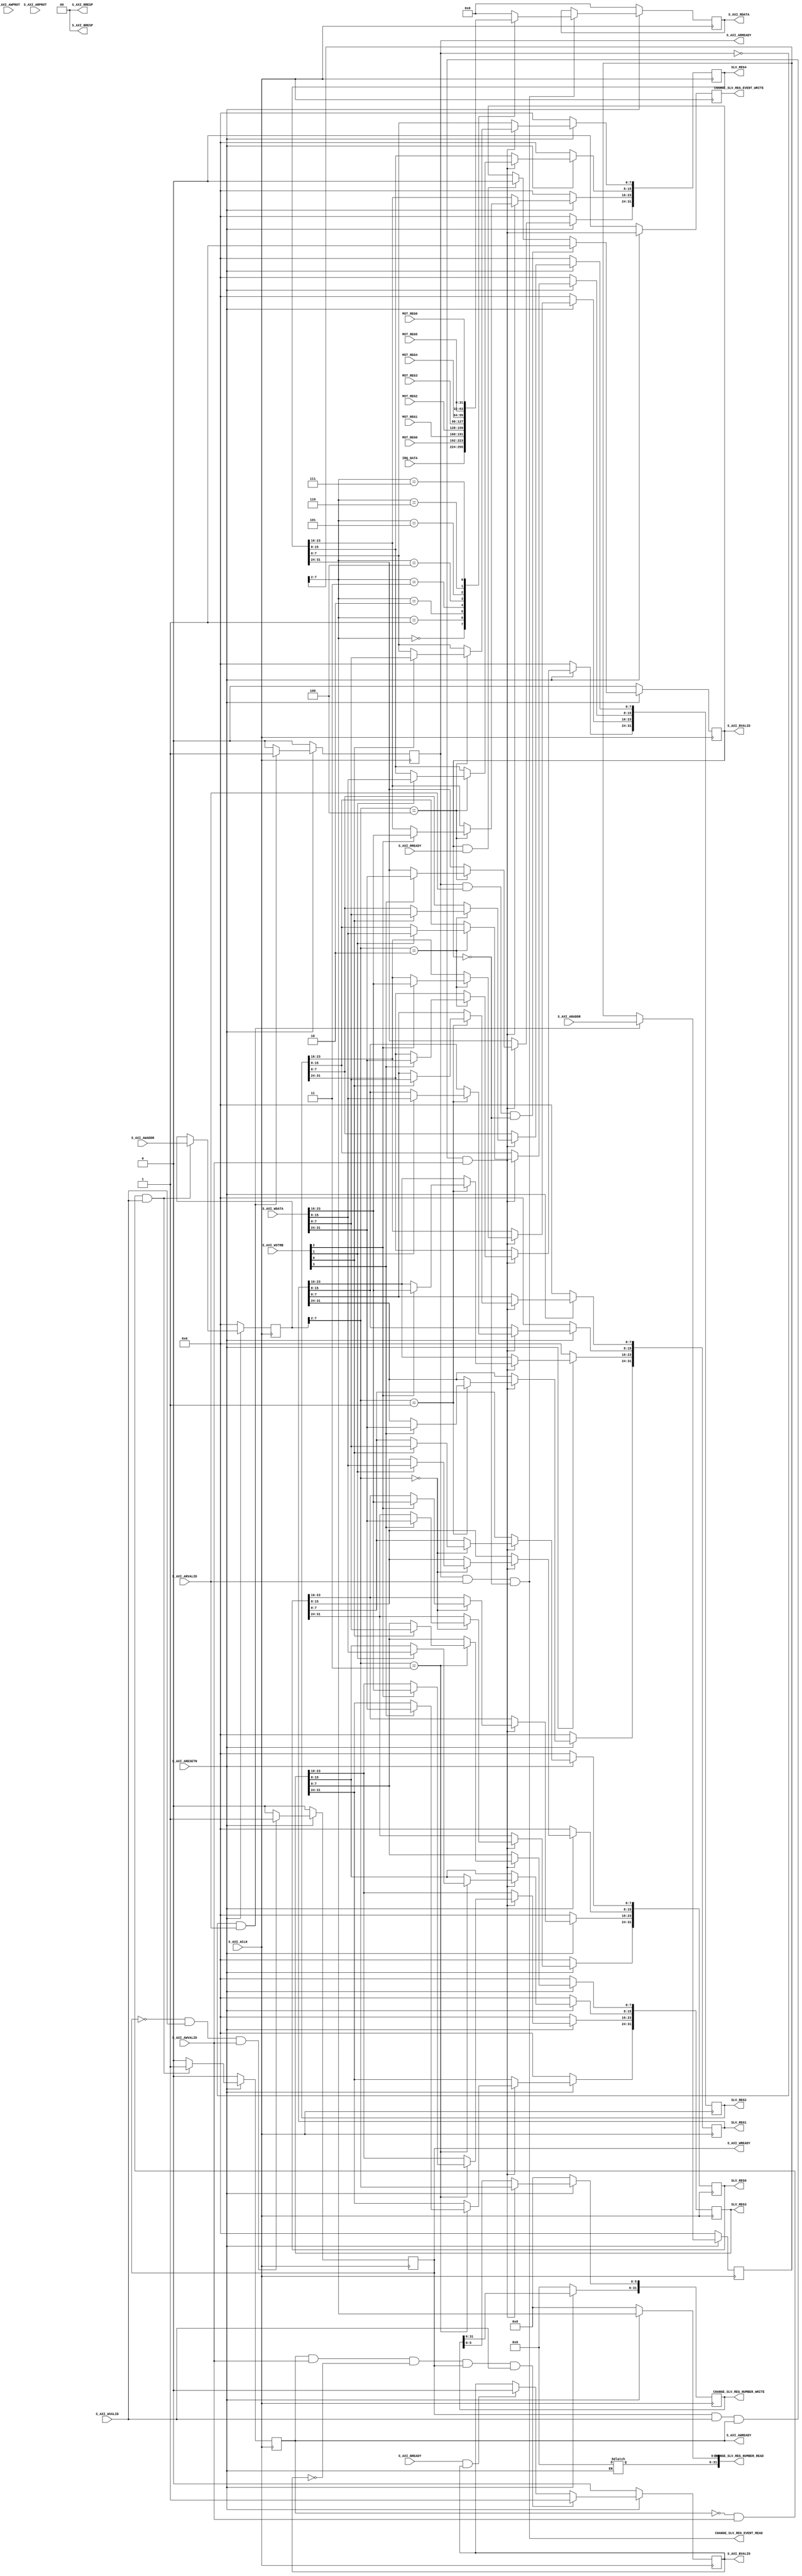
module module_v1_0_S00_AXI #
(
	parameter integer C_S_AXI_DATA_WIDTH	= 32,// Width of S_AXI data bus
	parameter integer C_S_AXI_ADDR_WIDTH	= 8// Width of S_AXI address bus
)
(
	output reg[31:0] CHANGE_SLV_REG_NUMBER_WRITE,
	output reg[31:0] CHANGE_SLV_REG_NUMBER_READ,
	output reg CHANGE_SLV_REG_EVENT_WRITE,
	output CHANGE_SLV_REG_EVENT_READ,
	output reg[C_S_AXI_DATA_WIDTH-1:0] SLV_REG0,
	output reg[C_S_AXI_DATA_WIDTH-1:0] SLV_REG1, // timeout
	output reg[C_S_AXI_DATA_WIDTH-1:0] SLV_REG2, // irq mask
	output reg[C_S_AXI_DATA_WIDTH-1:0] SLV_REG3, // SHIFT
	output reg[C_S_AXI_DATA_WIDTH-1:0] SLV_REG4, // CYCLE_BYTES
	input wire[C_S_AXI_DATA_WIDTH-1:0] MST_REG0,
	input wire[C_S_AXI_DATA_WIDTH-1:0] MST_REG1,
	input wire[C_S_AXI_DATA_WIDTH-1:0] MST_REG2,
	input wire[C_S_AXI_DATA_WIDTH-1:0] MST_REG3,
	input wire[C_S_AXI_DATA_WIDTH-1:0] MST_REG4,
	input wire[C_S_AXI_DATA_WIDTH-1:0] MST_REG5,
	input wire[C_S_AXI_DATA_WIDTH-1:0] MST_REG6,
	input wire[C_S_AXI_DATA_WIDTH-1:0] IRQ_DATA,

	input wire  S_AXI_ACLK,// Global Clock Signal
	input wire  S_AXI_ARESETN,// Global Reset Signal. This Signal is Active LOW
	input wire [C_S_AXI_ADDR_WIDTH-1 : 0] S_AXI_AWADDR,// Write address (issued by master, acceped by Slave)
	input wire [2 : 0] S_AXI_AWPROT,
	input wire  S_AXI_AWVALID,
	output wire  S_AXI_AWREADY,
	input wire [C_S_AXI_DATA_WIDTH-1 : 0] S_AXI_WDATA,// Write data (issued by master, acceped by Slave)
	input wire [(C_S_AXI_DATA_WIDTH/8)-1 : 0] S_AXI_WSTRB,
	input wire  S_AXI_WVALID,
	output wire  S_AXI_WREADY,
	output wire [1 : 0] S_AXI_BRESP,
	output wire  S_AXI_BVALID,
	input wire  S_AXI_BREADY,
	input wire [C_S_AXI_ADDR_WIDTH-1 : 0] S_AXI_ARADDR,// Read address (issued by master, acceped by Slave)
	input wire [2 : 0] S_AXI_ARPROT,
	input wire  S_AXI_ARVALID,
	output wire  S_AXI_ARREADY,
	output wire [C_S_AXI_DATA_WIDTH-1 : 0] S_AXI_RDATA,// Read data (issued by slave)
	output wire [1 : 0] S_AXI_RRESP,
	output wire  S_AXI_RVALID,
	input wire  S_AXI_RREADY
);

	reg [C_S_AXI_ADDR_WIDTH-1 : 0] 	axi_awaddr;
	reg axi_awready;
	reg axi_wready;
	reg axi_bvalid;
	reg [C_S_AXI_ADDR_WIDTH-1 : 0] 	axi_araddr;
	reg axi_arready;
	reg [C_S_AXI_DATA_WIDTH-1 : 0] 	axi_rdata;
	reg axi_rvalid;
	reg[C_S_AXI_DATA_WIDTH-1:0] SLV_REG5, SLV_REG6, SLV_REG7; 

	localparam integer ADDR_LSB = (C_S_AXI_DATA_WIDTH/32) + 1;
	localparam integer OPT_MEM_ADDR_BITS = C_S_AXI_ADDR_WIDTH-ADDR_LSB-1;

	wire slv_reg_rden;
	wire slv_reg_wren;
	reg [C_S_AXI_DATA_WIDTH-1:0]	 reg_data_out;
	integer byte_index;

	assign S_AXI_AWREADY = axi_awready;
	assign S_AXI_WREADY	= axi_wready;
	assign S_AXI_BRESP	= 0;
	assign S_AXI_BVALID	= axi_bvalid;
	assign S_AXI_ARREADY = axi_arready;
	assign S_AXI_RDATA = axi_rdata;
	assign S_AXI_RRESP = 0;
	assign S_AXI_RVALID	= axi_rvalid;

	assign slv_reg_wren = axi_wready && S_AXI_WVALID && axi_awready && S_AXI_AWVALID;

	always@(posedge S_AXI_ACLK) begin
		if(!S_AXI_ARESETN) begin
			SLV_REG0 <= 0;
			SLV_REG1 <= 0;
			SLV_REG2 <= 0;
			SLV_REG3 <= 0;
			SLV_REG4 <= 0;
			SLV_REG5 <= 0;
			SLV_REG6 <= 0;
			SLV_REG7 <= 0;
			CHANGE_SLV_REG_NUMBER_WRITE <= 0;
			CHANGE_SLV_REG_EVENT_WRITE <= 0;
		end else begin
			CHANGE_SLV_REG_EVENT_WRITE <= slv_reg_wren;
			if(slv_reg_wren) begin
				CHANGE_SLV_REG_NUMBER_WRITE[OPT_MEM_ADDR_BITS:0] <= axi_awaddr[ADDR_LSB+OPT_MEM_ADDR_BITS:ADDR_LSB];
				case ( axi_awaddr[ADDR_LSB+OPT_MEM_ADDR_BITS:ADDR_LSB] )
					6'h0: begin // 
						for(byte_index = 0; byte_index <= (C_S_AXI_DATA_WIDTH/8)-1; byte_index = byte_index+1)
							if(S_AXI_WSTRB[byte_index] == 1)
								SLV_REG0[(byte_index*8) +: 8] <= S_AXI_WDATA[(byte_index*8) +: 8];
					end
					6'h1: begin // 
						for(byte_index = 0; byte_index <= (C_S_AXI_DATA_WIDTH/8)-1; byte_index = byte_index+1)
							if(S_AXI_WSTRB[byte_index] == 1)
								SLV_REG1[(byte_index*8) +: 8] <= S_AXI_WDATA[(byte_index*8) +: 8];
					end
					6'h2: begin // 
						for(byte_index = 0; byte_index <= (C_S_AXI_DATA_WIDTH/8)-1; byte_index = byte_index+1)
							if(S_AXI_WSTRB[byte_index] == 1)
								SLV_REG2[(byte_index*8) +: 8] <= S_AXI_WDATA[(byte_index*8) +: 8];
					end
					6'h3: begin // 
						for(byte_index = 0; byte_index <= (C_S_AXI_DATA_WIDTH/8)-1; byte_index = byte_index+1)
							if(S_AXI_WSTRB[byte_index] == 1)
								SLV_REG3[(byte_index*8) +: 8] <= S_AXI_WDATA[(byte_index*8) +: 8];
					end
					6'h4: begin // 
						for(byte_index = 0; byte_index <= (C_S_AXI_DATA_WIDTH/8)-1; byte_index = byte_index+1)
							if(S_AXI_WSTRB[byte_index] == 1)
								SLV_REG4[(byte_index*8) +: 8] <= S_AXI_WDATA[(byte_index*8) +: 8];
					end
					6'h5: begin // 
						for(byte_index = 0; byte_index <= (C_S_AXI_DATA_WIDTH/8)-1; byte_index = byte_index+1)
							if(S_AXI_WSTRB[byte_index] == 1)
								SLV_REG5[(byte_index*8) +: 8] <= S_AXI_WDATA[(byte_index*8) +: 8];
					end
					6'h6: begin // 
						for(byte_index = 0; byte_index <= (C_S_AXI_DATA_WIDTH/8)-1; byte_index = byte_index+1)
							if(S_AXI_WSTRB[byte_index] == 1)
								SLV_REG6[(byte_index*8) +: 8] <= S_AXI_WDATA[(byte_index*8) +: 8];
					end
					6'h7: begin // 
						for(byte_index = 0; byte_index <= (C_S_AXI_DATA_WIDTH/8)-1; byte_index = byte_index+1)
							if(S_AXI_WSTRB[byte_index] == 1)
								SLV_REG7[(byte_index*8) +: 8] <= S_AXI_WDATA[(byte_index*8) +: 8];
					end
					default : ;
				endcase
			end
		end
	end

	always @(posedge S_AXI_ACLK) begin
		axi_awready	<=	(!S_AXI_ARESETN)? 0 :
						(~axi_awready && S_AXI_AWVALID && S_AXI_WVALID)? 1 : 0;
		axi_awaddr	<=	(!S_AXI_ARESETN)? 0 :
						(~axi_awready && S_AXI_AWVALID && S_AXI_WVALID)? S_AXI_AWADDR : axi_awaddr;
		axi_wready	<=	(!S_AXI_ARESETN)? 0 :
						(~axi_wready && S_AXI_WVALID && S_AXI_AWVALID)? 1 : 0; 
		axi_bvalid	<=	(!S_AXI_ARESETN)? 0 :
						(axi_awready && S_AXI_AWVALID && ~axi_bvalid && axi_wready && S_AXI_WVALID)? 1 :
						(S_AXI_BREADY && axi_bvalid)? 0 : axi_bvalid;
		axi_arready	<=	(!S_AXI_ARESETN)? 0 :
						(~axi_arready && S_AXI_ARVALID)? 1 : 0;
		axi_araddr	<=	(!S_AXI_ARESETN)? 0 :
						(~axi_arready && S_AXI_ARVALID)? S_AXI_ARADDR : axi_araddr;
		axi_rvalid	<=	(!S_AXI_ARESETN)? 0 :
						(axi_arready && S_AXI_ARVALID && ~axi_rvalid)? 1 :
						(axi_rvalid && S_AXI_RREADY)? 0 : axi_rvalid;
		axi_rdata	<=	(!S_AXI_ARESETN)? 0 :
						(slv_reg_rden)? reg_data_out : axi_rdata;
	end

	assign slv_reg_rden = axi_arready & S_AXI_ARVALID & ~axi_rvalid;
	assign CHANGE_SLV_REG_EVENT_READ = slv_reg_rden;
	always@(*) begin
		if(!S_AXI_ARESETN) begin
			CHANGE_SLV_REG_NUMBER_READ <= 0;
			reg_data_out <= 0;
		end else begin
			CHANGE_SLV_REG_NUMBER_READ[OPT_MEM_ADDR_BITS:0] <= axi_araddr[ADDR_LSB+OPT_MEM_ADDR_BITS:ADDR_LSB];
			case(axi_araddr[ADDR_LSB+OPT_MEM_ADDR_BITS:ADDR_LSB])
				6'h0   : reg_data_out <= IRQ_DATA; 
				6'h1   : reg_data_out <= MST_REG0;
				6'h2   : reg_data_out <= MST_REG1;
				6'h3   : reg_data_out <= MST_REG2;
				6'h4   : reg_data_out <= MST_REG3;
				6'h5   : reg_data_out <= MST_REG4;
				6'h6   : reg_data_out <= MST_REG5;
				6'h7   : reg_data_out <= MST_REG6;
				6'h8   : reg_data_out <= 0;
				default : reg_data_out <= 0;
			endcase
		end
	end

endmodule